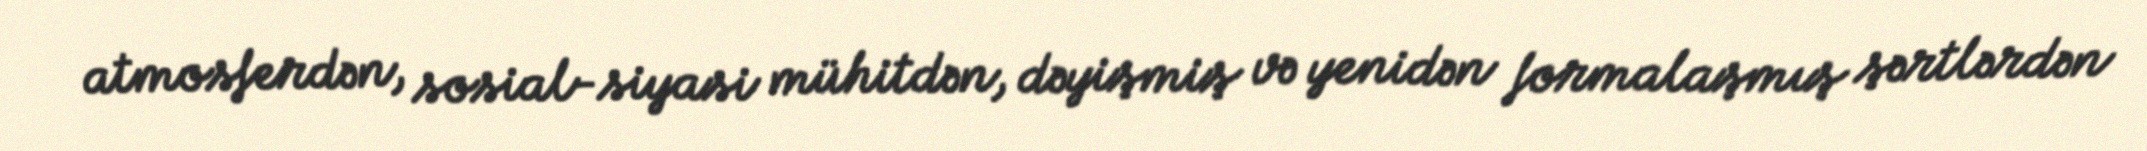
atmosferdən, sosial-siyasi mühitdən, dəyişmiş və yenidən formalaşmış şərtlərdən